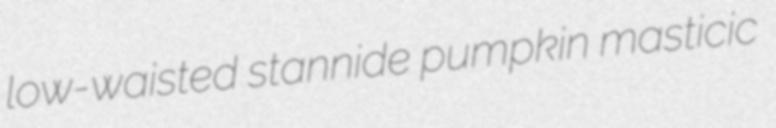
low-waisted stannide pumpkin masticic